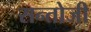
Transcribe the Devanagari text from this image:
सन्तोजी